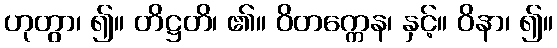
ဟုတွာ၊ ၍။ တိဋ္ဌတိ၊ ၏။ ဝိတက္ကေန၊ နှင့်။ ဝိနာ၊ ၍။